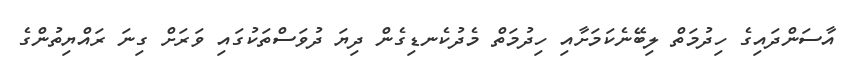
އާސަންދައިގެ ހިދުމަތް ލިބޭނެކަމަށާއި ހިދުމަތް މެދުކެނޑިގެން ދިޔަ ދުވަސްތަކުގައި ވަރަށް ގިނަ ރައްޔިތުންގެ